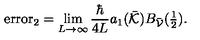
\mathrm { e r r o r } _ { 2 } = \lim _ { L \rightarrow \infty } \frac { \hbar } { 4 L } { a _ { 1 } ( \bar { \cal K } ) } B _ { \bar { \cal V } } ( \textstyle \frac { 1 } { 2 } ) .